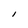
Character: l